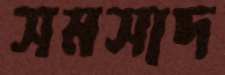
সমসাদ